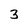
Character: 3